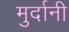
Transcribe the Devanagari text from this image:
मुर्दानी